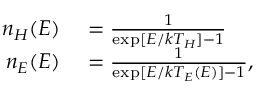
\begin{array} { r l } { n _ { H } ( E ) } & { { } = \frac { 1 } { \exp [ E / k T _ { H } ] - 1 } } \\ { n _ { E } ( E ) } & { { } = \frac { 1 } { \exp [ E / k T _ { E } ( E ) ] - 1 } , } \end{array}